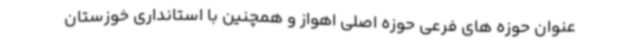
عنوان حوزه های فرعی حوزه اصلی اهواز و همچنین با استانداری خوزستان